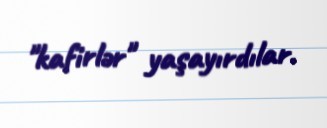
"kafirlər" yaşayırdılar.